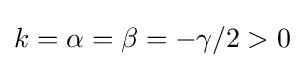
k=\alpha =\beta =-\gamma /2>0